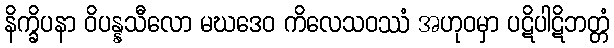
နိက္ခိပနာ ဝိပန္နသီလော မဃဒေဝ ကိလေသဝဿံ အဟုဝမှာ ပဋိပါဋိဘတ္တံ